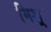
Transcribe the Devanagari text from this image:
मिश्र्